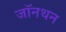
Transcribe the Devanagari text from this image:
जॉनथन